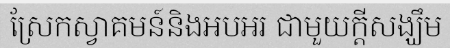
ស្រែកស្វាគមន៍និងអបអរ ជាមួយក្តីសង្ឃឹម